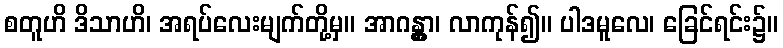
စတူဟိ ဒိသာဟိ၊ အရပ်လေးမျက်တို့မှ။ အာဂန္တွာ၊ လာကုန်၍။ ပါဒမူလေ၊ ခြေင်ရင်း၌။